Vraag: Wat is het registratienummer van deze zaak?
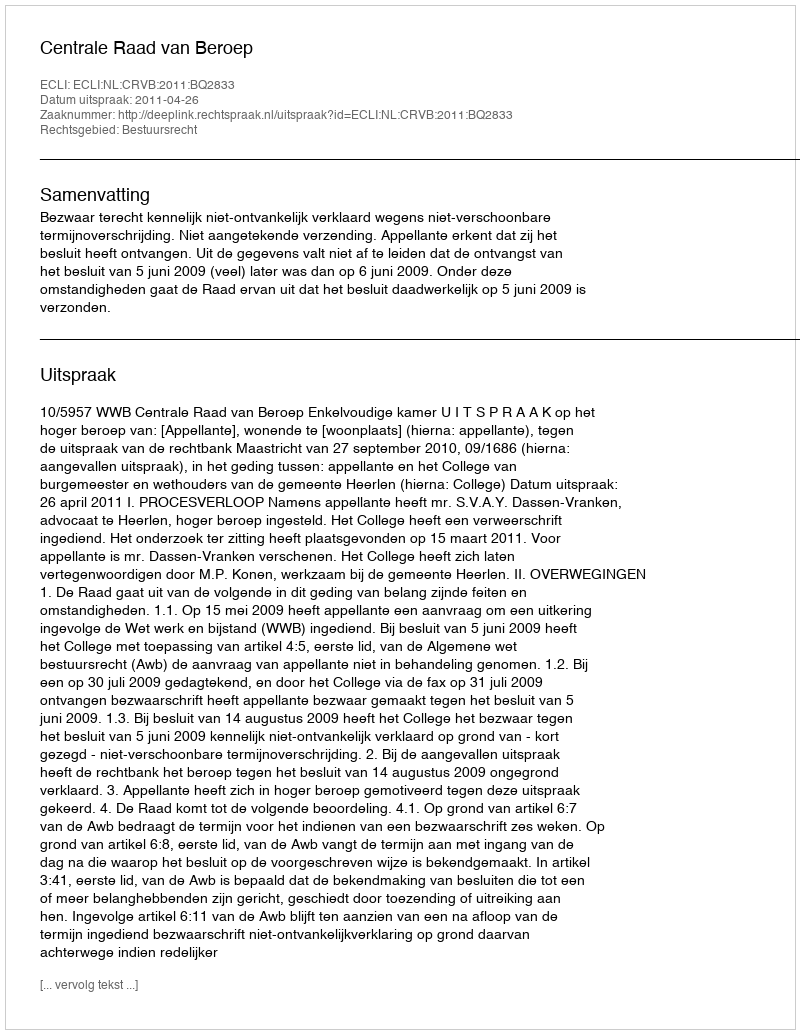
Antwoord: http://deeplink.rechtspraak.nl/uitspraak?id=ECLI:NL:CRVB:2011:BQ2833